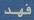
فهد